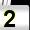
Digit: 2